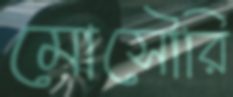
মোসৌরি